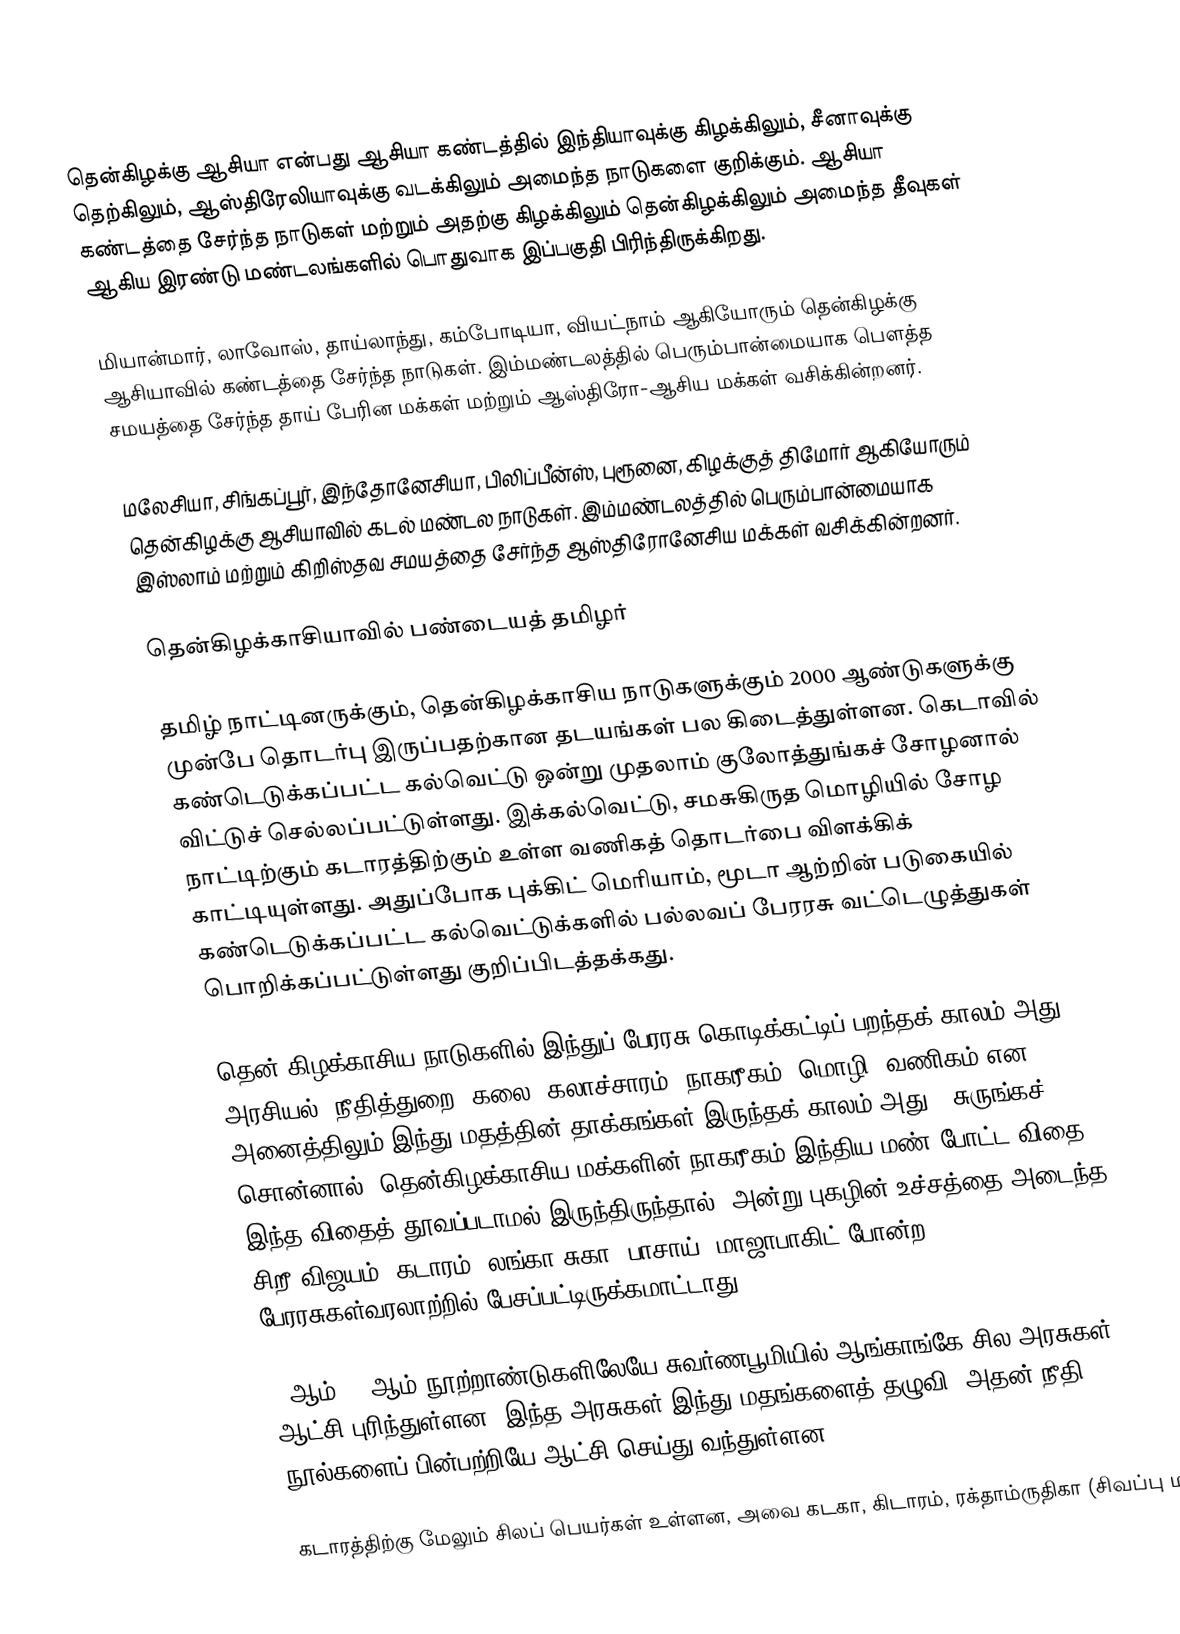
தென்கிழக்கு ஆசியா என்பது ஆசியா கண்டத்தில் இந்தியாவுக்கு கிழக்கிலும், சீனாவுக்கு தெற்கிலும், ஆஸ்திரேலியாவுக்கு வடக்கிலும் அமைந்த நாடுகளை குறிக்கும். ஆசியா கண்டத்தை சேர்ந்த நாடுகள் மற்றும் அதற்கு கிழக்கிலும் தென்கிழக்கிலும் அமைந்த தீவுகள் ஆகிய இரண்டு மண்டலங்களில் பொதுவாக இப்பகுதி பிரிந்திருக்கிறது.

மியான்மார், லாவோஸ், தாய்லாந்து, கம்போடியா, வியட்நாம் ஆகியோரும் தென்கிழக்கு ஆசியாவில் கண்டத்தை சேர்ந்த நாடுகள். இம்மண்டலத்தில் பெரும்பான்மையாக பௌத்த சமயத்தை சேர்ந்த தாய் பேரின மக்கள் மற்றும் ஆஸ்திரோ-ஆசிய மக்கள் வசிக்கின்றனர்.

மலேசியா, சிங்கப்பூர், இந்தோனேசியா, பிலிப்பீன்ஸ், புரூனை, கிழக்குத் திமோர் ஆகியோரும் தென்கிழக்கு ஆசியாவில் கடல் மண்டல நாடுகள். இம்மண்டலத்தில் பெரும்பான்மையாக இஸ்லாம் மற்றும் கிறிஸ்தவ சமயத்தை சேர்ந்த ஆஸ்திரோனேசிய மக்கள் வசிக்கின்றனர்.

தென்கிழக்காசியாவில் பண்டையத் தமிழர்

தமிழ் நாட்டினருக்கும், தென்கிழக்காசிய நாடுகளுக்கும் 2000 ஆண்டுகளுக்கு முன்பே தொடர்பு இருப்பதற்கான தடயங்கள் பல கிடைத்துள்ளன. கெடாவில் கண்டெடுக்கப்பட்ட கல்வெட்டு ஒன்று முதலாம் குலோத்துங்கச் சோழனால் விட்டுச் செல்லப்பட்டுள்ளது. இக்கல்வெட்டு, சமசுகிருத மொழியில் சோழ நாட்டிற்கும் கடாரத்திற்கும் உள்ள வணிகத் தொடர்பை விளக்கிக் காட்டியுள்ளது. அதுப்போக புக்கிட் மெரியாம், மூடா ஆற்றின் படுகையில் கண்டெடுக்கப்பட்ட கல்வெட்டுக்களில் பல்லவப் பேரரசு வட்டெழுத்துகள் பொறிக்கப்பட்டுள்ளது குறிப்பிடத்தக்கது.

தென் கிழக்காசிய நாடுகளில் இந்துப் பேரரசு கொடிக்கட்டிப் பறந்தக் காலம் அது. அரசியல், நீதித்துறை, கலை, கலாச்சாரம், நாகரீகம், மொழி, வணிகம் என அனைத்திலும் இந்து மதத்தின் தாக்கங்கள் இருந்தக் காலம் அது.. சுருங்கச் சொன்னால், தென்கிழக்காசிய மக்களின் நாகரீகம் இந்திய மண் போட்ட விதை. இந்த விதைத் தூவப்படாமல் இருந்திருந்தால், அன்று புகழின் உச்சத்தை அடைந்த சிறீ விஜயம், கடாரம், லங்கா சுகா, பாசாய், மாஜாபாகிட் போன்ற பேரரசுகள்வரலாற்றில் பேசப்பட்டிருக்கமாட்டாது.

2-ஆம், 3-ஆம் நூற்றாண்டுகளிலேயே சுவர்ணபூமியில் ஆங்காங்கே சில அரசுகள் ஆட்சி புரிந்துள்ளன. இந்த அரசுகள் இந்து மதங்களைத் தழுவி, அதன் நீதி நூல்களைப் பின்பற்றியே ஆட்சி செய்து வந்துள்ளன.

கடாரத்திற்கு மேலும் சிலப் பெயர்கள் உள்ளன, அவை கடகா, கிடாரம், ரக்தாம்ருதிகா (சிவப்பு ம